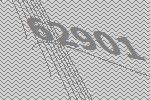
62901